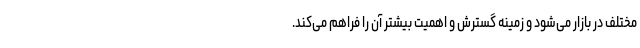
مختلف در بازار می‌شود و زمینه گسترش و اهمیت بیشتر آن را فراهم می‌کند.